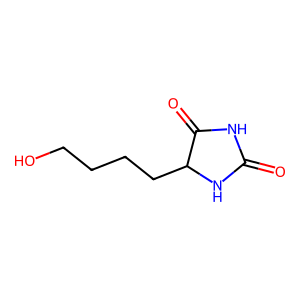
SMILES: O=C1NC(=O)C(CCCCO)N1
Inhibits HIV replication: No